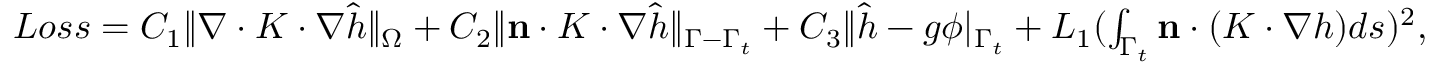
\begin{array} { r } { L o s s = C _ { 1 } \| \nabla \cdot K \cdot \nabla \hat { h } \| _ { \Omega } + C _ { 2 } \| \mathbf { n } \cdot K \cdot \nabla \hat { h } \| _ { \Gamma - \Gamma _ { t } } + C _ { 3 } \| \hat { h } - g \phi | _ { \Gamma _ { t } } + L _ { 1 } ( \int _ { \Gamma _ { t } } \mathbf { n } \cdot ( K \cdot \nabla h ) d s ) ^ { 2 } , } \end{array}